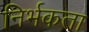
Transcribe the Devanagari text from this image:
निर्भकता